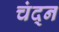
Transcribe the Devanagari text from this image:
चंद्न